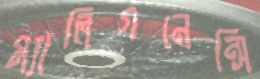
ম্যালিগনেন্সি